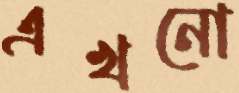
এখনো